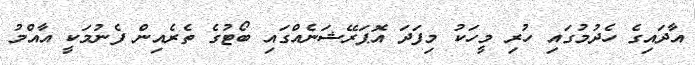
އާދައިގެ ހެދުމުގައި ހުރި މީހަކު މިފަދަ އޮޕަރޭޝަނެއްގައި ބޯޓުގެ ތެރެއިން ފެނުމަކީ އާއްމު